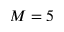
M = 5